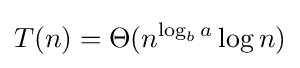
T(n)=\Theta (n^{\log _{b}a}\log n)